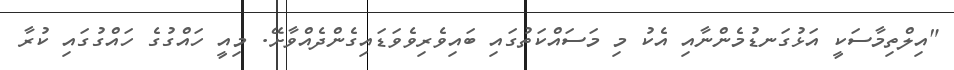
"އިލްތިމާސަކީ އަޅުގަނޑުމެންނާއި އެކު މި މަސައްކަތުގައި ބައިވެރިވެވަޑައިގެންދެއްވާށޭ. މިއީ ހައްގުގެ ހައްގުގައި ކުރާ